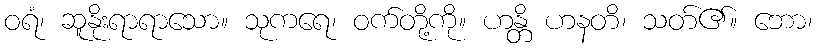
ဝရံ၊ ဆူနိုးရာရာသော။ သုကရေ၊ ဝက်တို့ကို။ ဟန္တိ ဟနတိ၊ သတ်၏။ ဘော၊